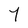
Character: 7